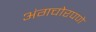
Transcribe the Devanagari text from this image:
अंगचोरपणे